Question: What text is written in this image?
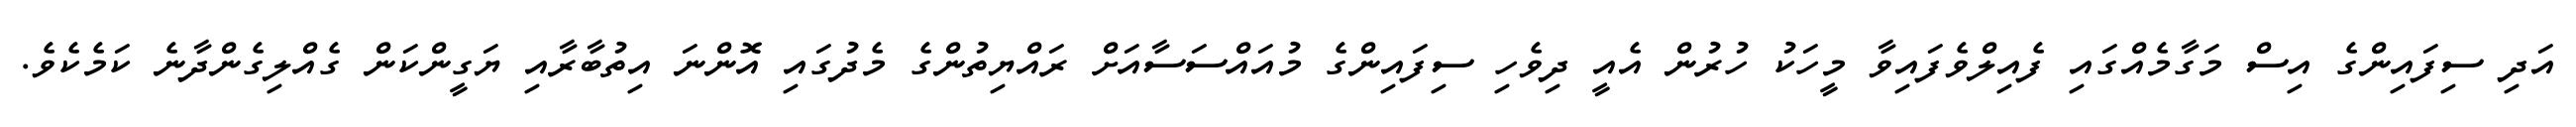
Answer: އަދި ސިފައިންގެ އިސް މަގާމެއްގައި ފެއިލްވެފައިވާ މީހަކު ހުރުން އެއީ ދިވެހި ސިފައިންގެ މުއައްސަސާއަށް ރައްޔިތުންގެ މެދުގައި އޮންނަ އިތުބާރާއި ޔަގީންކަން ގެއްލިގެންދާނެ ކަމެކެވެ.